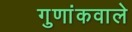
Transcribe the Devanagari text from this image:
गुणांकवाले